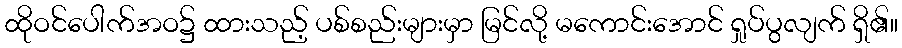
ထိုဝင်ပေါက်အဝ၌ ထားသည့် ပစ်စည်းများမှာ မြင်လို့ မကောင်းအောင် ရှုပ်ပွလျက် ရှိ၏။